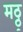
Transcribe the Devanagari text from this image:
मठ्ठ्